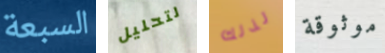
السبعة لتحليل لذلك موثوقة